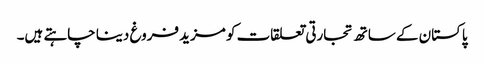
پاکستان کے ساتھ تجارتی تعلقات کو مزید فروغ دینا چاہتے ہیں۔